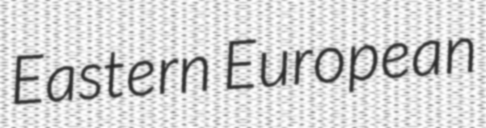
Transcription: Eastern European